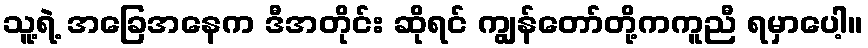
သူ့ရဲ့ အခြေအနေက ဒီအတိုင်း ဆိုရင် ကျွန်တော်တို့ကကူညီ ရမှာပေါ့။